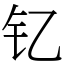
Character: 钇